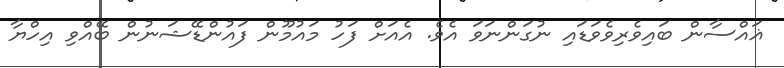
ޣައްސާން ބައިވެރިވެވަޑައި ނުގަންނަވަ އެވެ. އެއަށް ފަހު މައުމޫން ފައުންޑޭޝަނުން ބޭއްވި އިހްޔާ